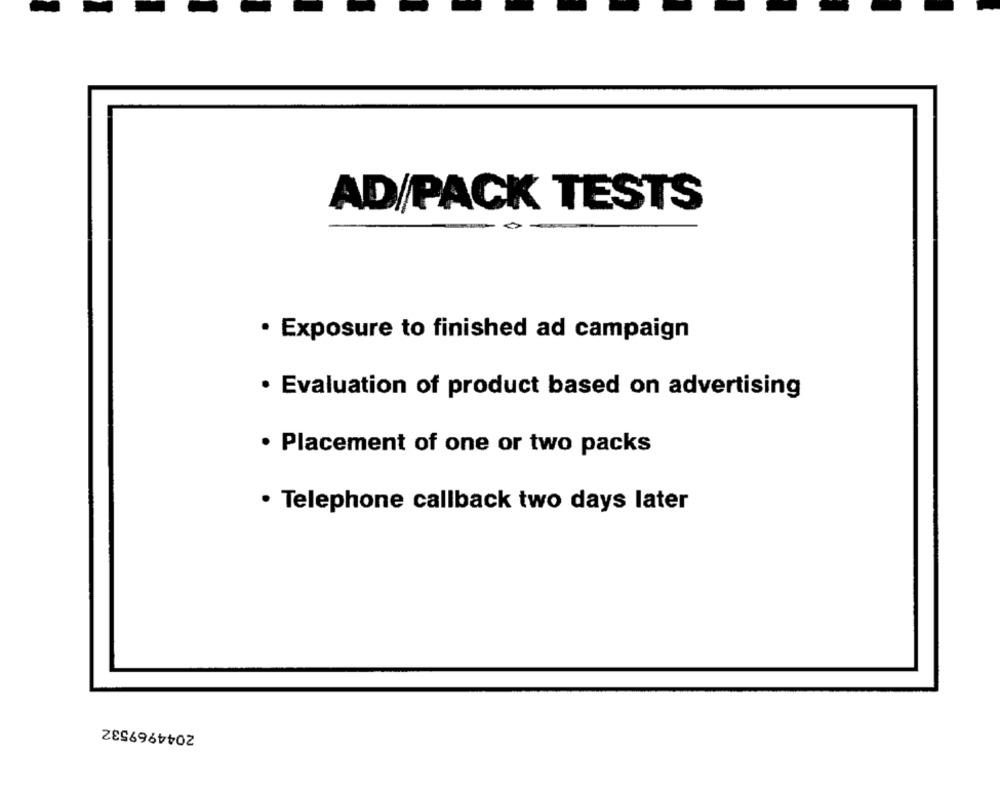
AD/PACK TESTS
· Exposure to finished ad campaign
· Evaluation of product based on advertising
· Placement of one or two packs
· Telephone callback two days later
2044969532